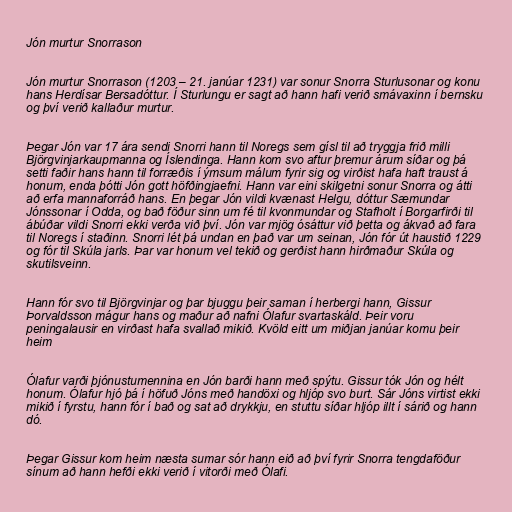
Jón murtur Snorrason

Jón murtur Snorrason (1203 – 21. janúar 1231) var sonur Snorra Sturlusonar og konu
hans Herdísar Bersadóttur. Í Sturlungu er sagt að hann hafi verið smávaxinn í bernsku
og því verið kallaður murtur.

Þegar Jón var 17 ára sendi Snorri hann til Noregs sem gísl til að tryggja frið milli
Björgvinjarkaupmanna og Íslendinga. Hann kom svo aftur þremur árum síðar og þá
setti faðir hans hann til forræðis í ýmsum málum fyrir sig og virðist hafa haft traust á
honum, enda þótti Jón gott höfðingjaefni. Hann var eini skilgetni sonur Snorra og átti
að erfa mannaforráð hans. En þegar Jón vildi kvænast Helgu, dóttur Sæmundar
Jónssonar í Odda, og bað föður sinn um fé til kvonmundar og Stafholt í Borgarfirði til
ábúðar vildi Snorri ekki verða við því. Jón var mjög ósáttur við þetta og ákvað að fara
til Noregs í staðinn. Snorri lét þá undan en það var um seinan, Jón fór út haustið 1229
og fór til Skúla jarls. Þar var honum vel tekið og gerðist hann hirðmaður Skúla og
skutilsveinn.

Hann fór svo til Björgvinjar og þar bjuggu þeir saman í herbergi hann, Gissur
Þorvaldsson mágur hans og maður að nafni Ólafur svartaskáld. Þeir voru
peningalausir en virðast hafa svallað mikið. Kvöld eitt um miðjan janúar komu þeir
heim

Ólafur varði þjónustumennina en Jón barði hann með spýtu. Gissur tók Jón og hélt
honum. Ólafur hjó þá í höfuð Jóns með handöxi og hljóp svo burt. Sár Jóns virtist ekki
mikið í fyrstu, hann fór í bað og sat að drykkju, en stuttu síðar hljóp illt í sárið og hann
dó.

Þegar Gissur kom heim næsta sumar sór hann eið að því fyrir Snorra tengdaföður
sínum að hann hefði ekki verið í vitorði með Ólafi.